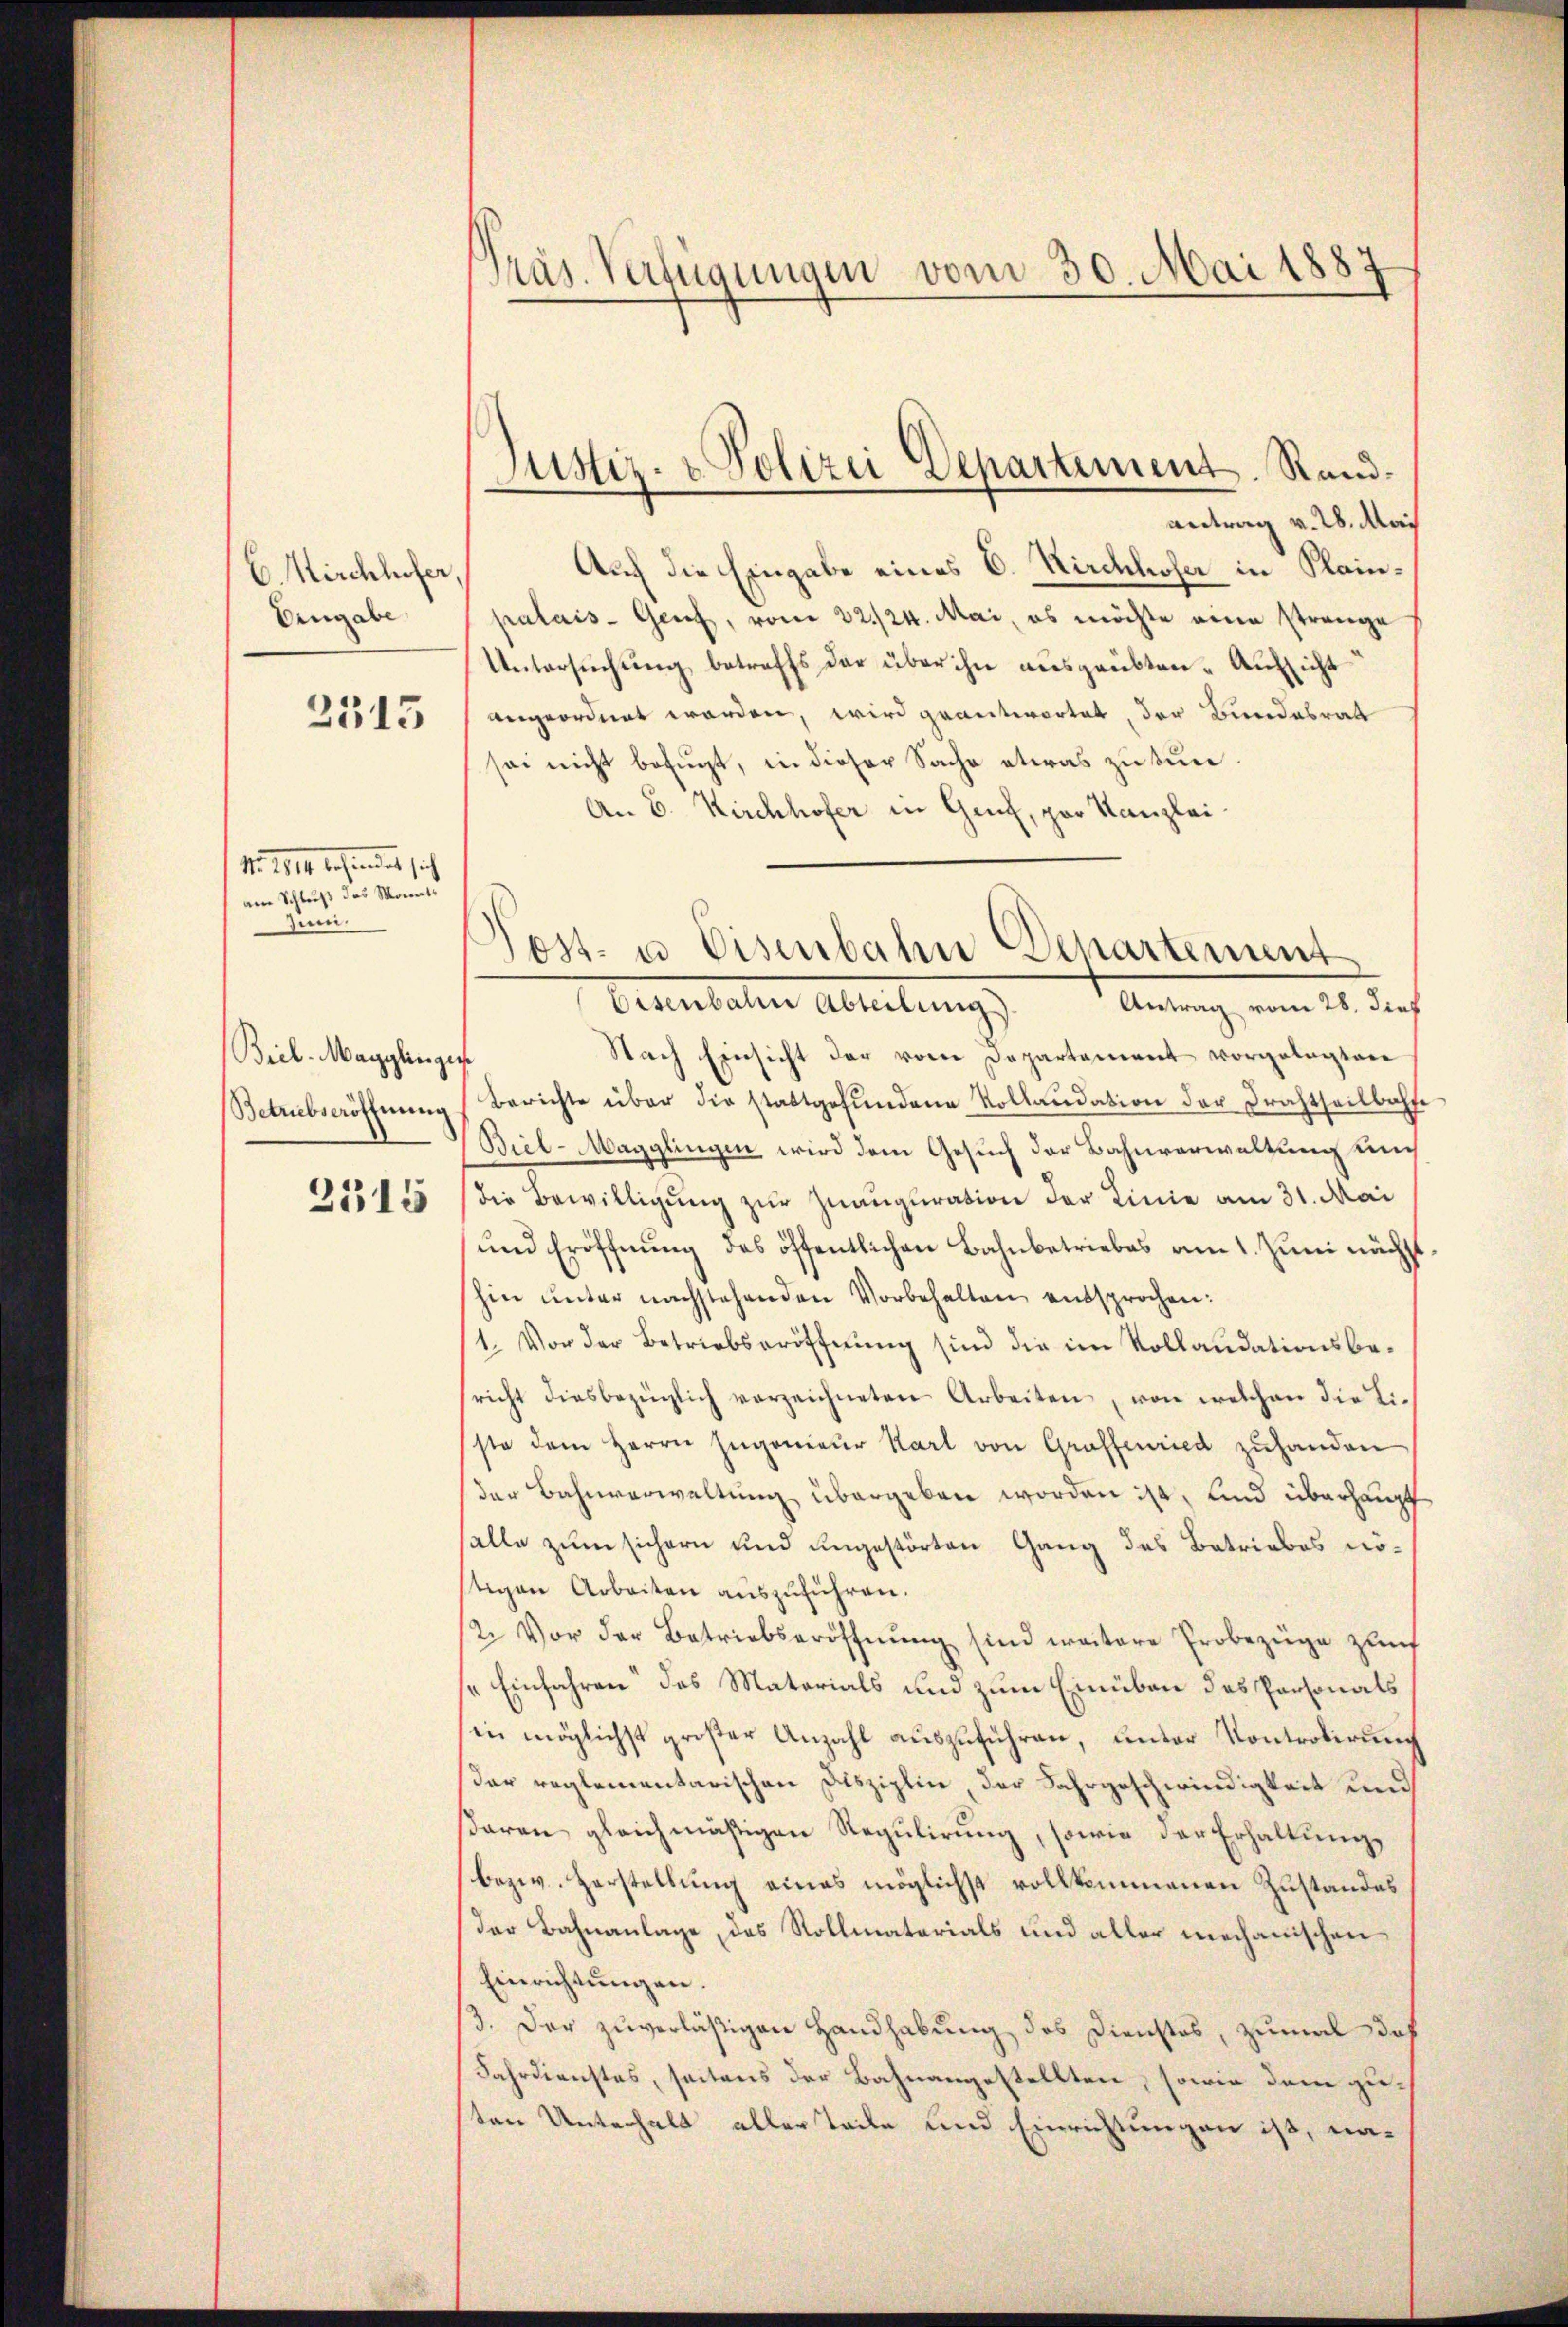
C. Mirchlufer,
Eingabe

2315

Nr. 1811 befindet sich
am Schluß des Monats
Zii.

Bril-Magglingen
Betriebseröffnung

2515

Präs. Verfügungen vom 30. Mai 1887

antrag v. 28. Mai
Auf die Eingabe eines C. Kirchhofer in Plainpalais- Genf, vom 22./24. Mai, es möchte eine strenge
Untersŭchŭng betreffs der über ihn aŭsgeübten - Aufsicht
angeordnet worden, wird geantwortet, der Bundesrat
sei nicht befugt, in dieser Sache etwas zu tun
An E. Kirchhofer in Genf, par Kanzlei
Nach Einsicht der vom Departement vorgelegtere
Berichte über die stattgefundene Kollaudation der Drahtheilbaffe
Biel-Magglingen wird dem Gesuch der Bahnverwaltung und
die Bewilligung zur Znauguration der Linie am 31. Mai
und Eröffnung des öffentlichen Bahnbetriebes am 1. Juni nächs
hin ŭnter nachstehenden Vorbehalten entsprochen:
1. Vor der Betriebseröffnung sind die im Vollaudationsbesricht diesbezüglich verzeichneten Arbeiten, von welchen die Liste dem Herrn Ingenieur Karl von Graffenried zuhanden
der Bahnverwaltung übergeben worden ist, und überhaupt
falle zum sichern und ungestörten Gang des Betriebes nöstigen Arbeiten auszuführen.
1/2. Vor der Betriebseröffnŭng sind weitere Probezüge zŭf
Einfahren des Materials und zum Einüben des Personals
in möglichst großer Anzahl auszuführen, unter Kontrolirung
der reglementarischen Disziplin, der Fahrgeschwindigkeit und
ßaren gleichmäßigen Regulirung, sowie der Erhaltung,
bezw. Verstellung eines möglichst vollkommenen Zustandes
der Bahnanlage, das Rollmaterials und aller mechanischen
Einrichtungen.
3. Der zuverläßigen Handhabung des Dienstes, zumal daß
Fahrdienstes, seitens der Bahnangestellten, sowie dem zuten Unterhalt aller teile und Einrichtungen ist, na¬

Justiz- & Polizei Departement. Rand¬

ost- u Eisenbahn Departement
Eisenbahn Abteilung
Antrag vom 28. dief